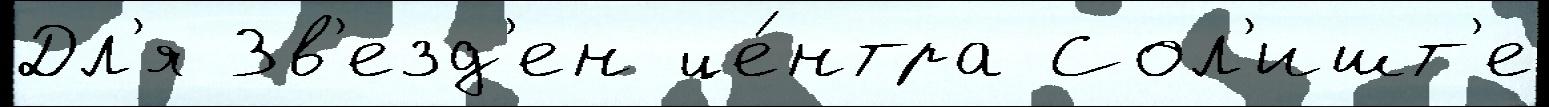
Дл'я Зв'езд'ен це́нтра Сол'ишт'е